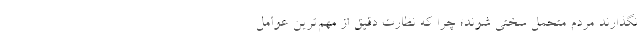
نگذارند مردم متحمل سختی شوند؛ چرا که نظارت دقیق از مهم‌ترین عوامل